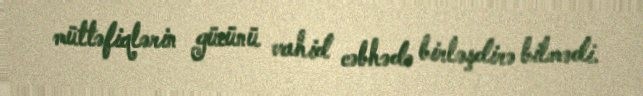
müttəfiqlərin gücünü vahid cəbhədə birləşdirə bilmədi.